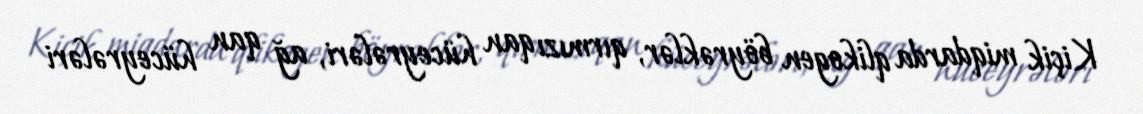
Kiçik miqdarda qlikogen böyrəklər, qırmızı qan hüceyrələri, ağ qan hüceyrələri